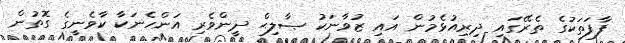
ފާފަތަކުގެ ތެރޭގައި ދިރިއުޅެމުން އައި ޒުވާނަކު ޞާލިޙް ދީންވެރި އަންހެނަކާ ކާވެނީގެ ގޮތުން